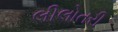
લીલોતરી